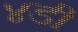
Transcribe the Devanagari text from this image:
४डी